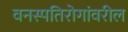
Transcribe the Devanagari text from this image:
वनस्पतिरोगांवरील